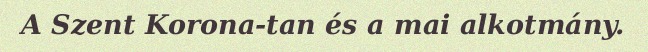
A Szent Korona-tan és a mai alkotmány.